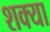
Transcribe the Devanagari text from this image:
शक्या